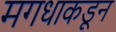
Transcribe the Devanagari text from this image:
मगधाकडून